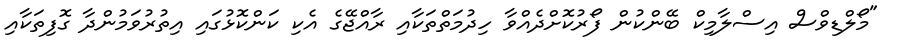
"މޯލްޑިވްސް އިސްލާމިކް ބޭންކުން ފޯރުކޮށްދެއްވާ ހިދުމަތްތަކާއި ރާއްޖޭގެ އެކި ކަންކޮޅުގައި އިތުރުވަމުންދާ ގޮފިތަކާއި